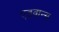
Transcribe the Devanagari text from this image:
एडवान्स